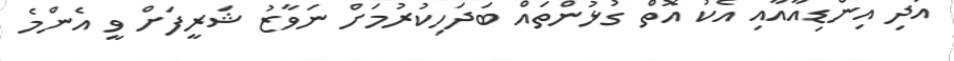
އަދި އިންޑިއާއާއި އެކު އޮތް ގުޅުންތައް ބަދަހިކުރުމަށް ނަވާޒު ޝަރީފަށް ވީ އެންމެ